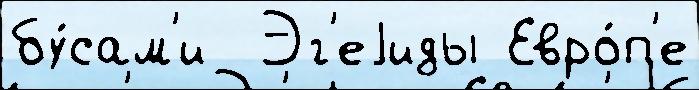
бу́сам'и  Эг'еjиды Евро́п'е